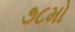
૭૮મો